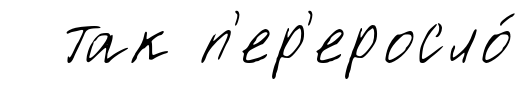
так п'ер'еросло́